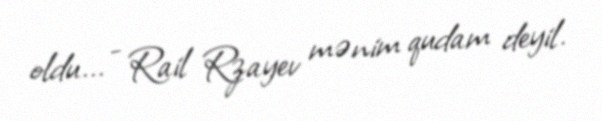
oldu... - Rail Rzayev mənim qudam deyil.